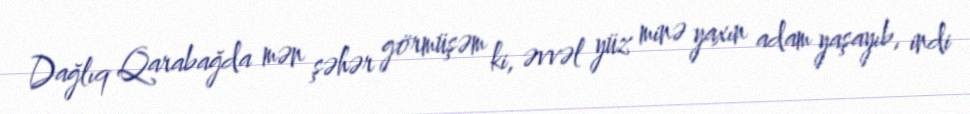
Dağlıq Qarabağda mən şəhər görmüşəm ki, əvvəl yüz minə yaxın adam yaşayıb, indi